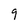
Character: q